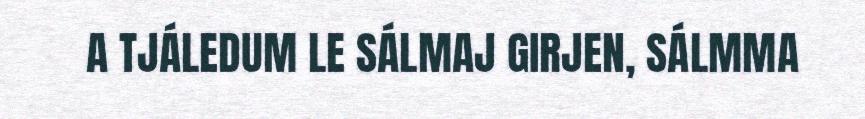
A TJÁLEDUM LE SÁLMAJ GIRJEN, SÁLMMA